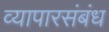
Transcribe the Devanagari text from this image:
व्यापारसंबंध